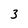
Character: 3